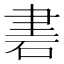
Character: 𥒠